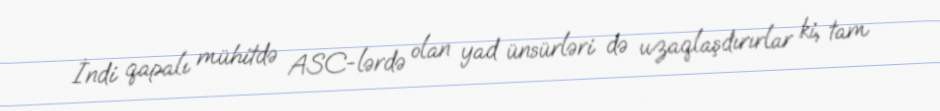
İndi qapalı mühitdə ASC-lərdə olan yad ünsürləri də uzaqlaşdırırlar ki, tam